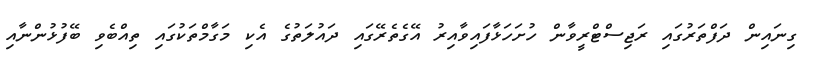
ގިނައިން ދަފްތަރުގައި ރަޖިސްޓްރީވާން ހުށަހަޅާފައިވާއިރު އޭގެތެރޭގައި ދައުލަތުގެ އެކި މަގާމްތަކުގައި ތިއްބެވި ބޭފުޅުންނާއި